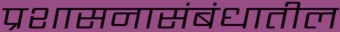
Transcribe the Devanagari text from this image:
प्रशासनासंबंधातील